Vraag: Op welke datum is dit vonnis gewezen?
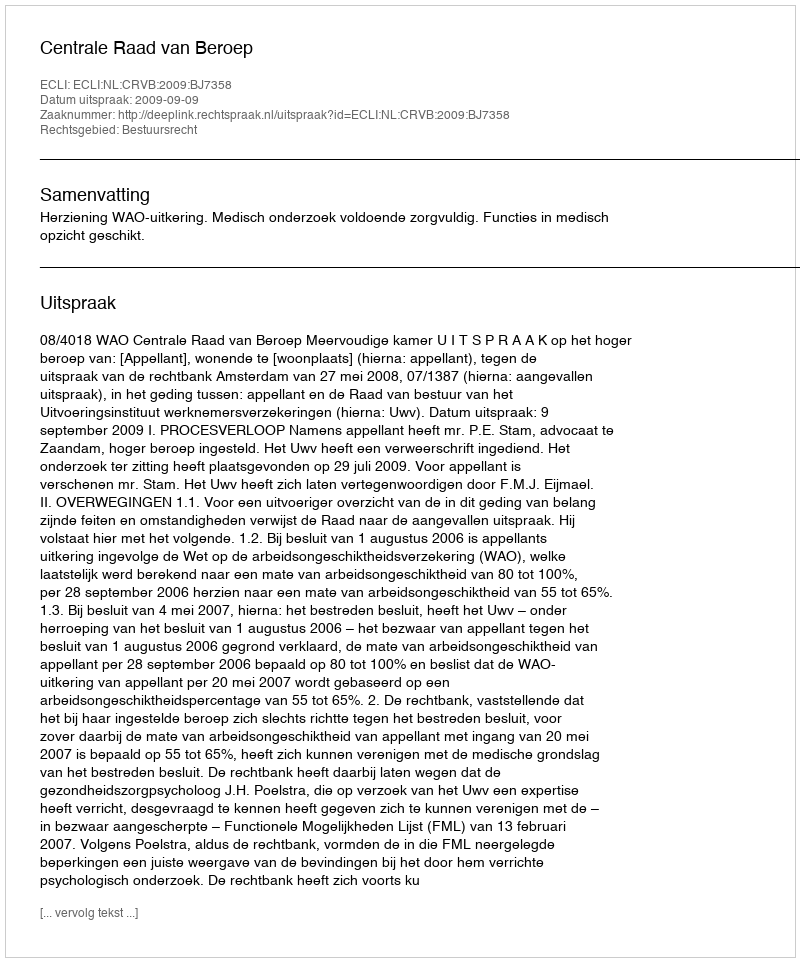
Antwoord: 2009-09-09